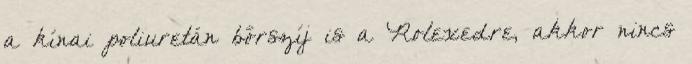
a kínai poliuretán bőrszíj is a Rolexedre, akkor nincs